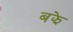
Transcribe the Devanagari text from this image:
बझे